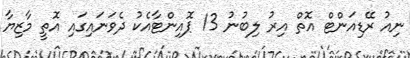
ނިއު ރޭޑިއަންޓް އޮތް އިރު ލިބުނު 13 ޕޮއިންޓާއެކު ދެވަނައިގައި އޮތީ މާޒިޔާ